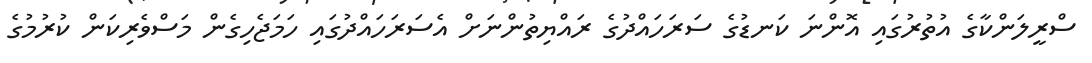
ސްރީލަންކާގެ އުތުރުގައި އޮންނަ ކަނޑުގެ ސަރަހައްދުގެ ރައްޔިތުންނަށް އެސަރަހައްދުގައި ހަމަޖެހިގެން މަސްވެރިކަން ކުރުމުގެ